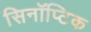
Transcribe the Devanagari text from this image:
सिनॉप्टिक